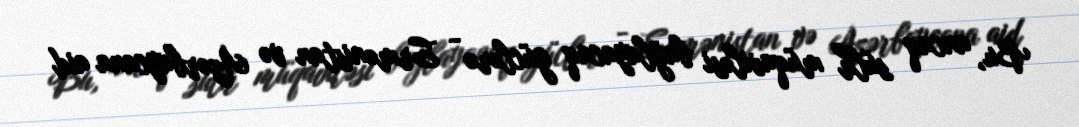
Bu, ancaq sülh müqaviləsi bağlayacaq güclərə - Ermənistan və Azərbaycana aid